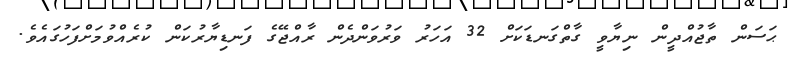
ޙަސަން ތާޖުއްދީން ނިޔާވީ ގާތްގަނޑަކަށް 32 އަހަރު ވަރުވަންދެން ރާއްޖޭގެ ފަނޑިޔާރުކަން ކުރެއްވުމަށްފަހުގައެވެ.